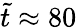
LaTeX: \tilde{t}\approx 80